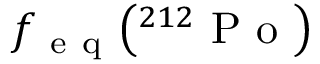
f _ { \mathrm { ~ e ~ q ~ } } \big ( { } ^ { 2 1 2 } \mathrm { ~ P ~ o ~ } \big )